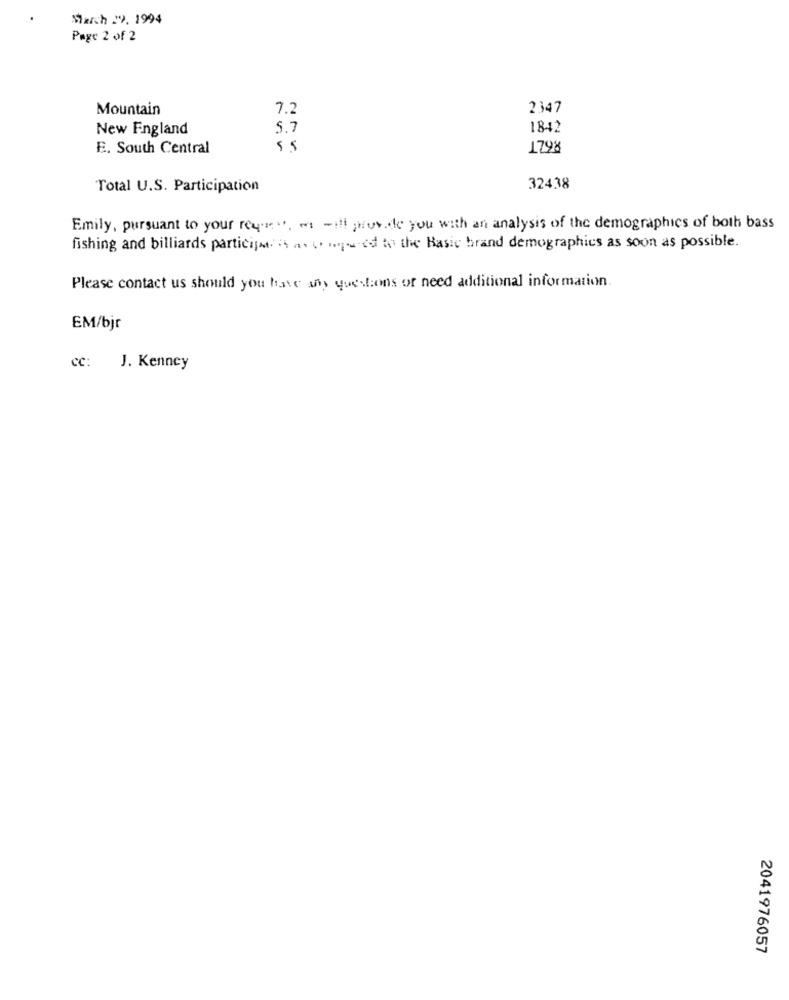
March 29, 1994
Page 2 of 2
Mountain
7.2
2347
New England
5.7
1842
E. South Central
1798
Total U.S. Participation
32438
Emily, pursuant to your request. es will provide you with an analysis of the demographics of both bass
fishing and billiards participants as conquered to the Basic brand demographics as soon as possible.
Please contact us should you have any questions of need additional information.
EM/bjr
cc:
J. Kenney
2041976057